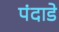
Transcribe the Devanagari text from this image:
पंदाडे